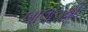
બાલોચથી